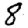
Digit: 8